Malaria in India - Number 2
Disease focus: Malaria
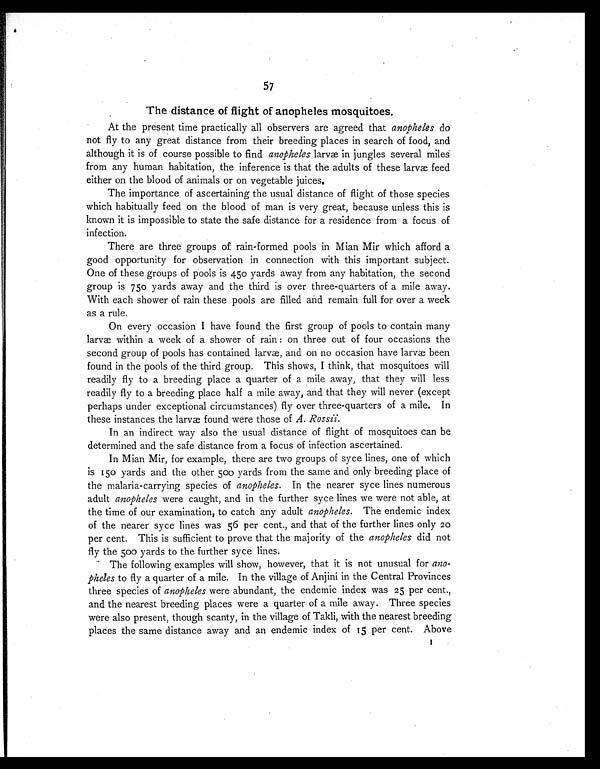
57
The distance of flight of anopheles mosquitoes .
At the present time practically all observers are agreed that anopheles do
not fly to any great distance from their breeding places in search of food, and
although it is of course possible to find anopheles larvæ in jungles several miles
from any human habitation, the inference is that the adults of these larvæ feed
either on the blood of animals or on vegetable juices.
The importance of ascertaining the usual distance of flight of those species
which habitually feed on the blood of man is very great, because unless this is
known it is impossible to state the safe distance for a residence from a focus of
infection.
There are three groups of rain-formed pools in Mian Mir which afford a
good opportunity for observation in connection with this important subject.
One of these groups of pools is 450 yards away from any habitation, the second
group is 750 yards away and the third is over three-quarters of a mile away.
With each shower of rain these pools are filled and remain full for over a week
as a rule.
On every occasion I have found the first group of pools to contain many
larvæ within a week of a shower of rain : on three out of four occasions the
second group of pools has contained larvæ, and on no occasion have larvæ been
found in the pools of the third group. This shows, I think, that mosquitoes will
readily fly to a breeding place a quarter of a mile away, that they will less
readily fly to a breeding place half a mile away, and that they will never (except
perhaps under exceptional circumstances) fly over three-quarters of a mile. In
these instances the larvæ found were those of A. Rossii.
In an indirect way also the usual distance of flight of mosquitoes can be
determined and the safe distance from a focus of infection ascertained.
In Mian Mir, for example, there are two groups of syce lines, one of which
is 150 yards and the other 500 yards from the same and only breeding place of
the malaria-carrying species of anopheles. In the nearer syce lines numerous
adult anopheles were caught, and in the further syce lines we were not able, at
the time of our examination, to catch any adult anopheles. The endemic index
of the nearer syce lines was 56 per cent., and that of the further lines only 20
per cent. This is sufficient to prove that the majority of the anopheles did not
fly the 500 yards to the further syce lines.
The following examples will show, however, that it is not unusual for ano-
pheles to fly a quarter of a mile. In the village of Anjini in the Central Provinces
three species of anopheles were abundant, the endemic index was 25 per cent.,
and the nearest breeding places were a quarter of a mile away. Three species
were also present, though scanty, in the village of Takli, with the nearest breeding
places the same distance away and an endemic index of 15 per cent. Above 1